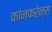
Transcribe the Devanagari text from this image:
कांनफरेन्स